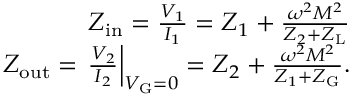
\begin{array} { r } { Z _ { \mathrm { i n } } = \frac { V _ { 1 } } { I _ { 1 } } = Z _ { 1 } + \frac { \omega ^ { 2 } M ^ { 2 } } { Z _ { 2 } + Z _ { \mathrm { L } } } } \\ { Z _ { \mathrm { o u t } } = \left. \frac { V _ { 2 } } { I _ { 2 } } \right| _ { V _ { \mathrm { G } } = 0 } = Z _ { 2 } + \frac { \omega ^ { 2 } M ^ { 2 } } { Z _ { 1 } + Z _ { \mathrm { G } } } . } \end{array}